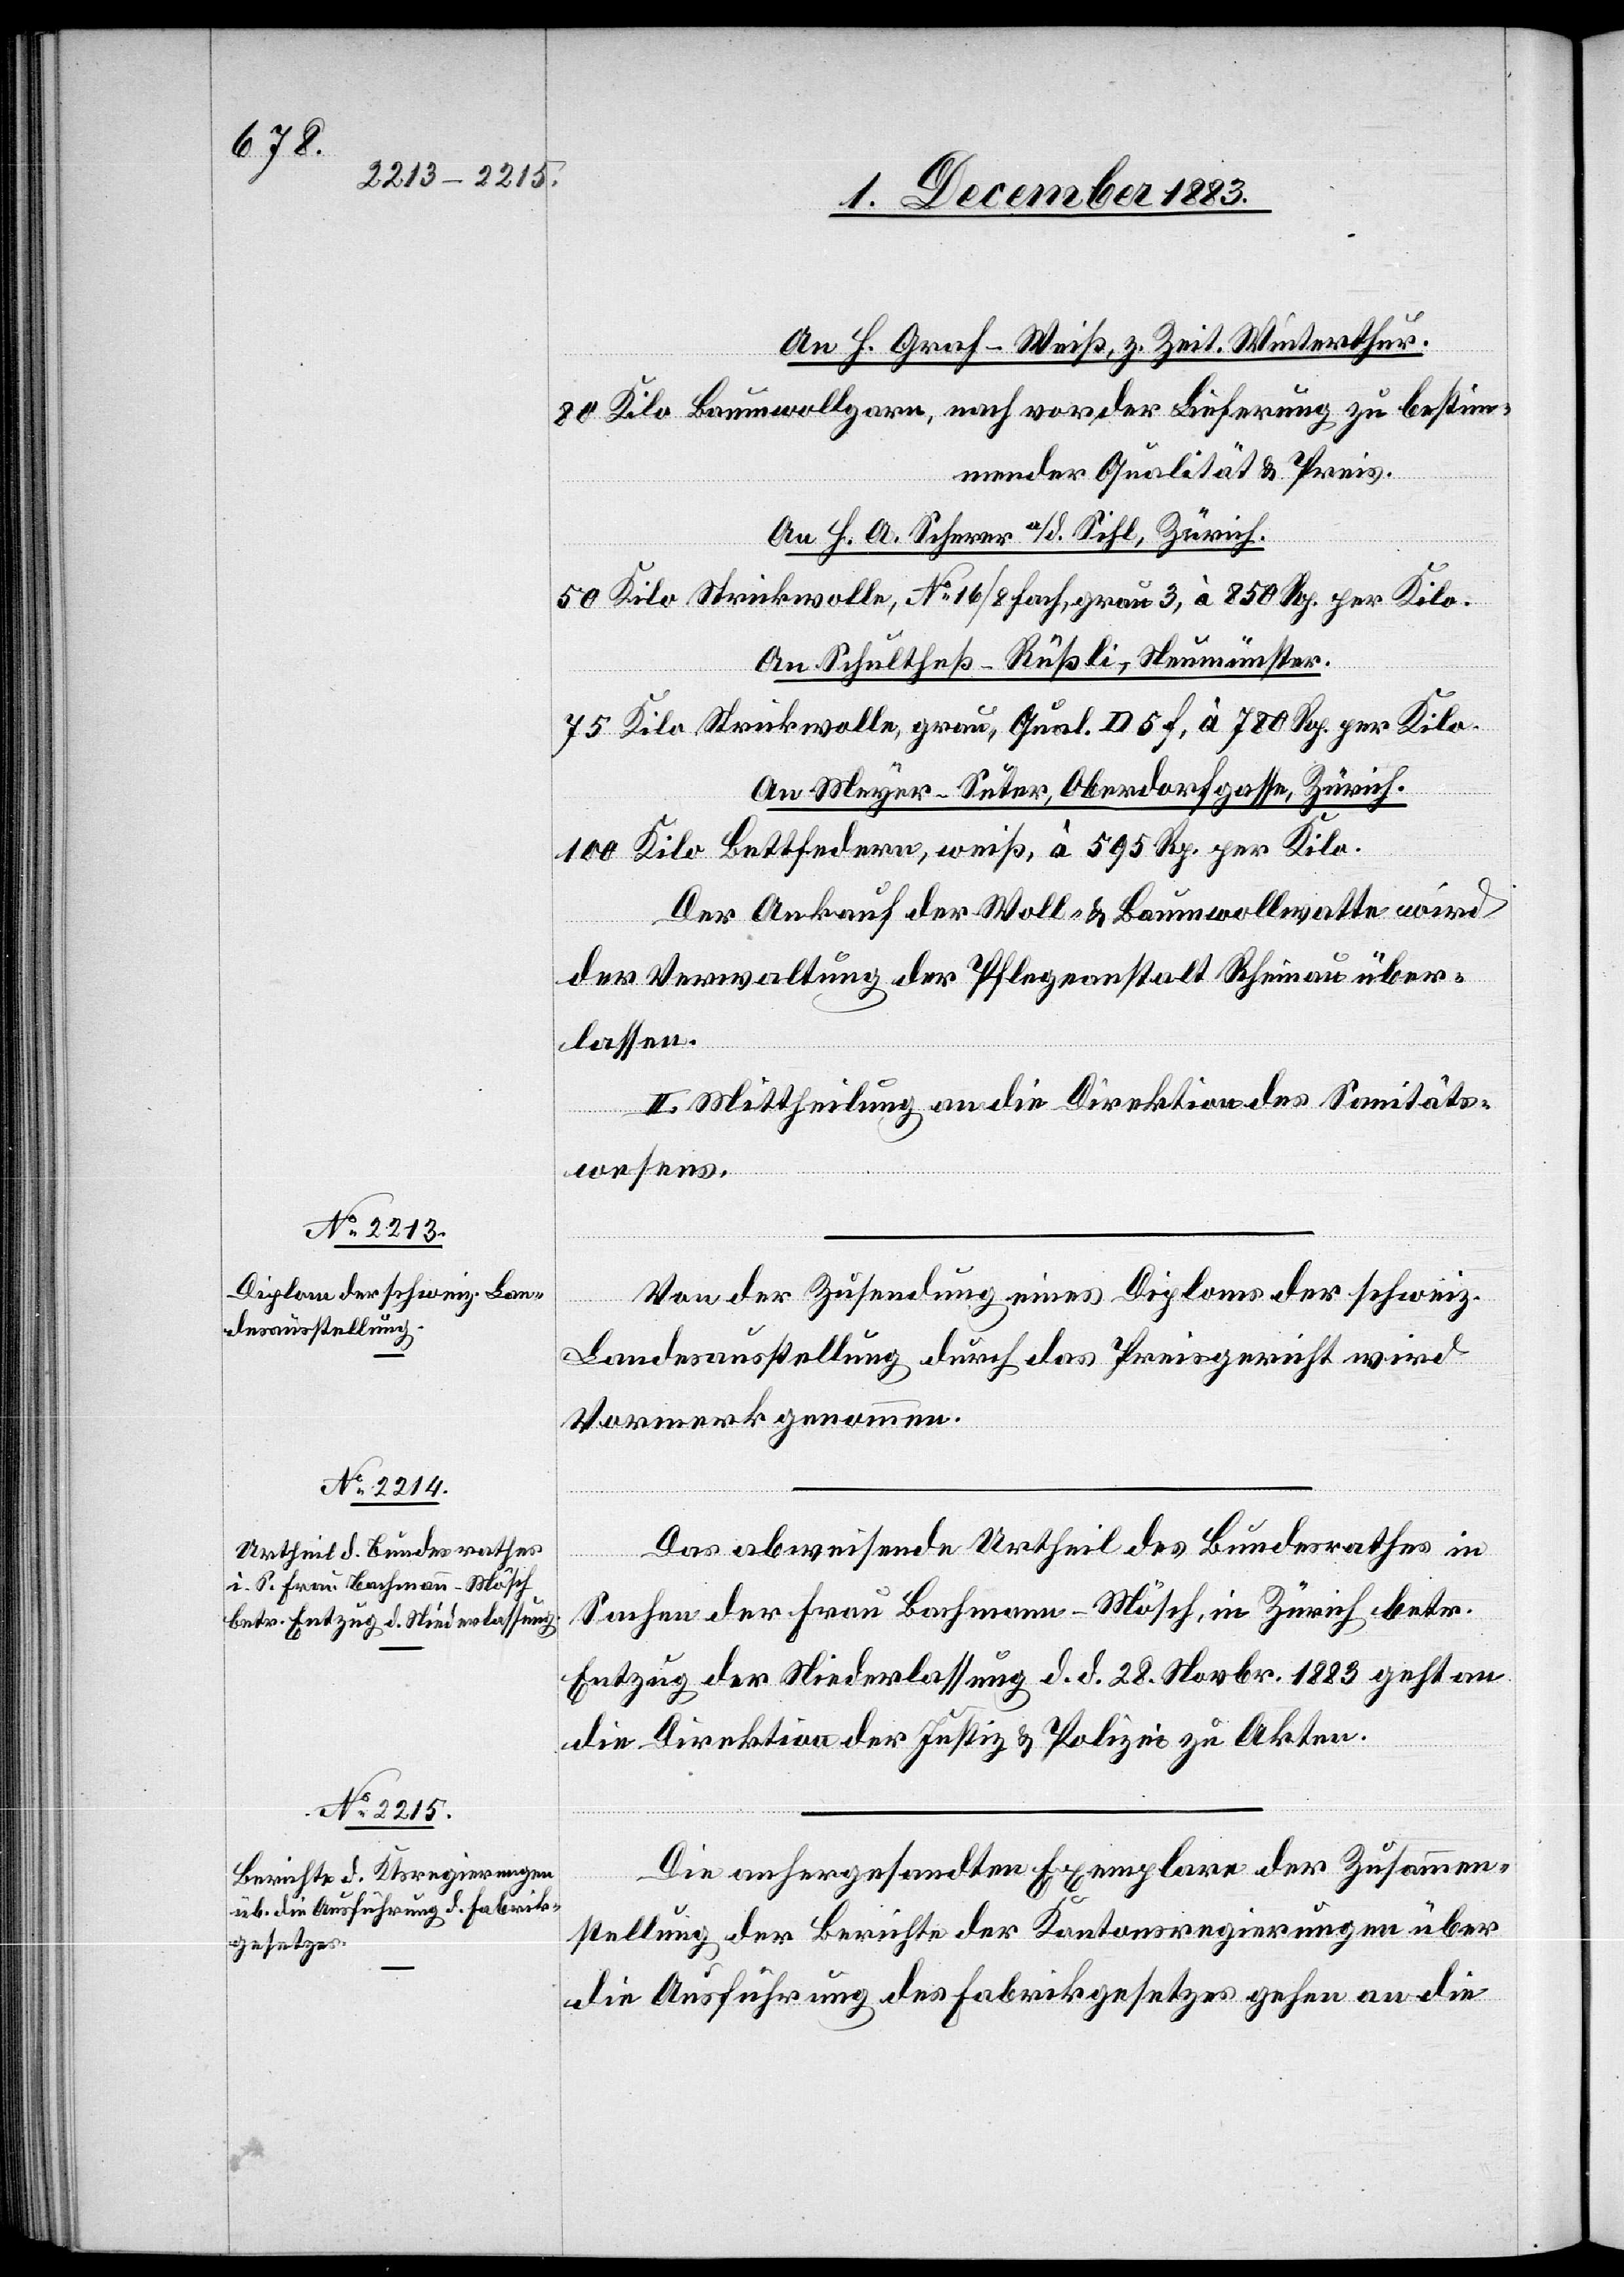
An H. Graf-Weiß, z. Zeit, Winterthur.
Baumwollgarn, nach vor der Lieferung zu bestim¬
mender Qualtät und Preis.
An. H. A. Scherer a/d. Sihl, Zürich.
An Schultheß-Rüßli, Neumünster.
An Meyer-Suter, Oberdorfgasse, Zürich.
Der Ankauf der Woll- & Baumwollwatte wird
der Verwaltung der Pflegeanstalt Rheinau über¬
lassen.
II. Mittheilung an die Direktion des Sanitäts¬
grau,
wesens.
Von der Zusendung eines Diploms der schweiz.
Landesausstellung durch das Preisgericht wird
Vormerk genommen.
Das abweisende Urtheil des Bundesrathes in
Sachen der Frau Bachmann-Mösch, in Zürich betr.
Entzug der Niederlassung d. d. 28. Novbr. 1883 geht an
die Direktion der Justiz & Polizei zu Akten.
Die anhergesandten Exemplare der Zusammen¬
stellung der Berichte der Kantonsregierungen über
die Ausführung des Fabrikgesetzes gehen an die